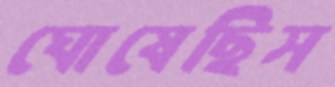
ঘোষেছিস